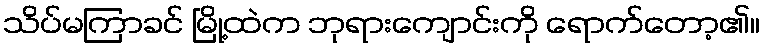
သိပ်မကြာခင် မြို့ထဲက ဘုရားကျောင်းကို ရောက်တော့၏။